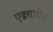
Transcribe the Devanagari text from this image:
एडवामेड